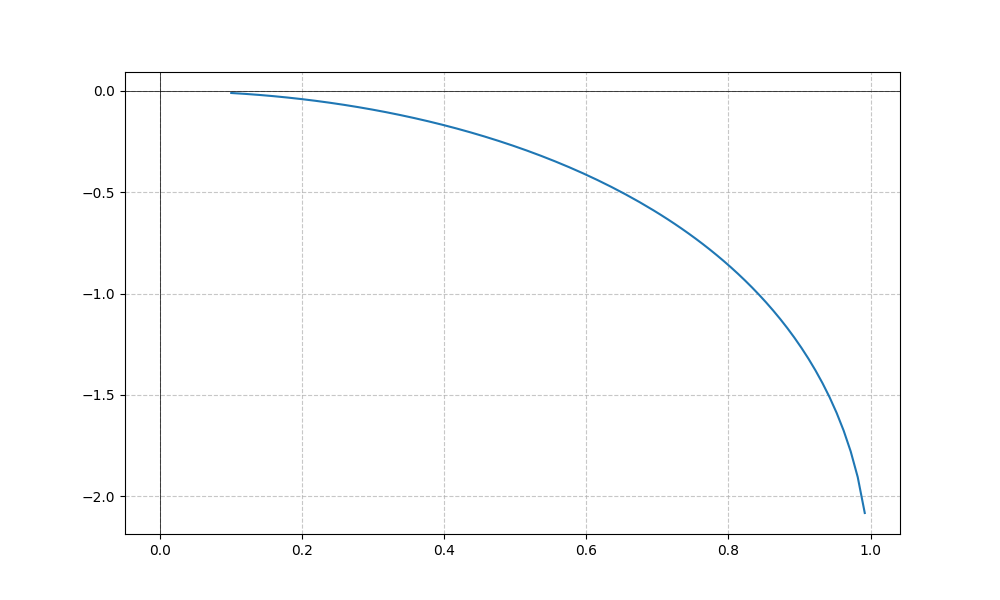
LaTeX formula: - \operatorname{asin}^{2}{\left(x \right)}